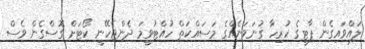
ލައްވައިގެން ޕާޓީގެ ހުރިހާ ގުނަވަނެއްގެ މަސައްކަތް ހުއްޓުވީމަ ދެންޖެހޭނީ ކޯޓަށް ގޮސްގެން ވެސް